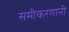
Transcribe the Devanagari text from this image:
समीकरणानी